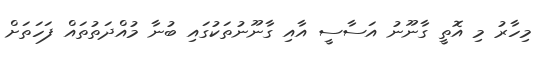
މިހާރު މި އޮތީ ގާނޫނު އަސާސީ އާއި ގާނޫނުތަކުގައި ބުނާ މުއްދަތުތައް ފަހަތަށް